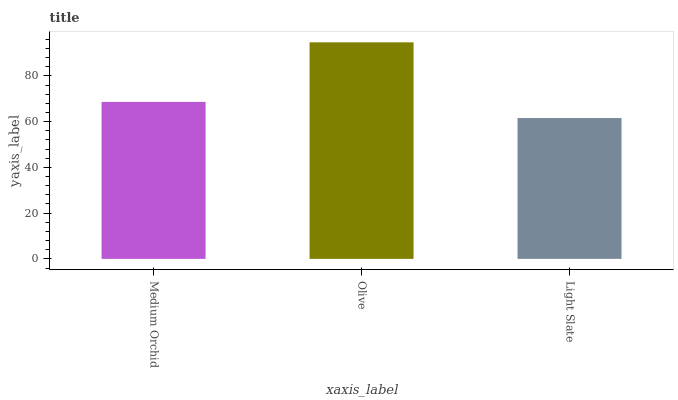
| xaxis_label | bars |
 | --- | --- |
 | Medium Orchid | 68.7 |
 | Olive | 94.7 |
 | Light Slate | 61.6 |